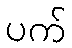
ပက်